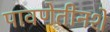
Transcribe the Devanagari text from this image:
पावणेतीनशे